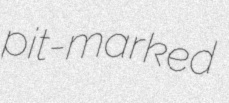
pit-marked